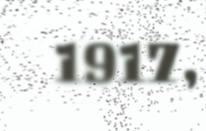
1917,